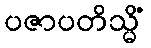
ပဇာပတိသ္မိံ